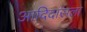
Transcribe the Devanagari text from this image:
आदिदासला